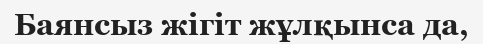
Баянсыз жігіт жұлқынса да,